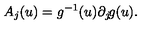
A _ { j } ( u ) = g ^ { - 1 } ( u ) \partial _ { j } \! g ( u ) .